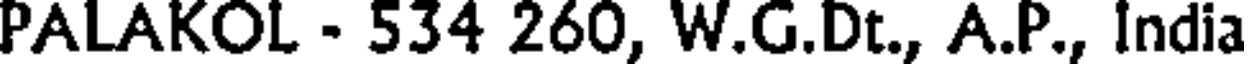
PALAKOL - 534 260, W.G.Dt., A.P., India